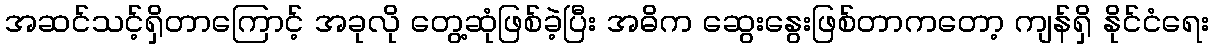
အဆင်သင့်ရှိတာကြောင့် အခုလို တွေ့ဆုံဖြစ်ခဲ့ပြီး အဓိက ဆွေးနွေးဖြစ်တာကတော့ ကျန်ရှိ နိုင်ငံရေး